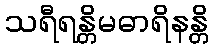
သရီရန္တိမဓာရိနန္တိ